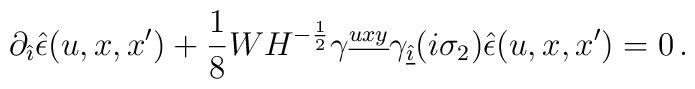
\partial_{\hat{\imath}}\hat{\epsilon}(u,x,x')  + {1\over 8} W H^{-\frac{1}{2}} \gamma^{\underline{uxy}}\gamma_{\underline{\hat{\imath}}} (i\sigma_2) \hat{\epsilon}(u,x,x') = 0 \, .